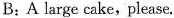
B: A large cake, please.